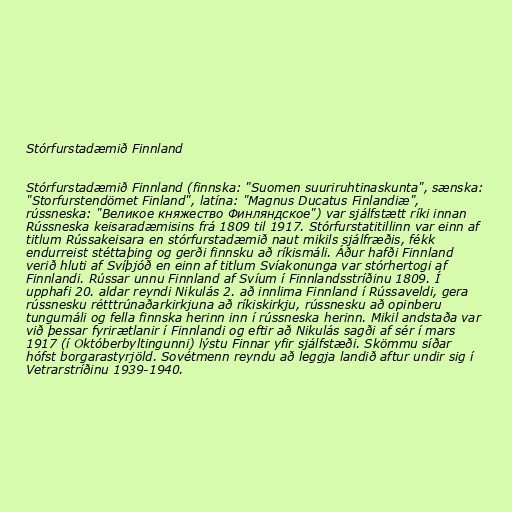
Stórfurstadæmið Finnland

Stórfurstadæmið Finnland (finnska: "Suomen suuriruhtinaskunta", sænska:
"Storfurstendömet Finland", latína: "Magnus Ducatus Finlandiæ",
rússneska: "Великое княжество Финляндское") var sjálfstætt ríki innan
Rússneska keisaradæmisins frá 1809 til 1917. Stórfurstatitillinn var einn af
titlum Rússakeisara en stórfurstadæmið naut mikils sjálfræðis, fékk
endurreist stéttaþing og gerði finnsku að ríkismáli. Áður hafði Finnland
verið hluti af Svíþjóð en einn af titlum Svíakonunga var stórhertogi af
Finnlandi. Rússar unnu Finnland af Svíum í Finnlandsstríðinu 1809. Í
upphafi 20. aldar reyndi Nikulás 2. að innlima Finnland í Rússaveldi, gera
rússnesku rétttrúnaðarkirkjuna að ríkiskirkju, rússnesku að opinberu
tungumáli og fella finnska herinn inn í rússneska herinn. Mikil andstaða var
við þessar fyrirætlanir í Finnlandi og eftir að Nikulás sagði af sér í mars
1917 (í Októberbyltingunni) lýstu Finnar yfir sjálfstæði. Skömmu síðar
hófst borgarastyrjöld. Sovétmenn reyndu að leggja landið aftur undir sig í
Vetrarstríðinu 1939-1940.